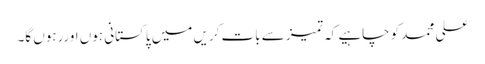
علی محمد کو چاہیے کہ تمیز سے بات کریں میں پاکستانی ہوں اوررہوں گا۔